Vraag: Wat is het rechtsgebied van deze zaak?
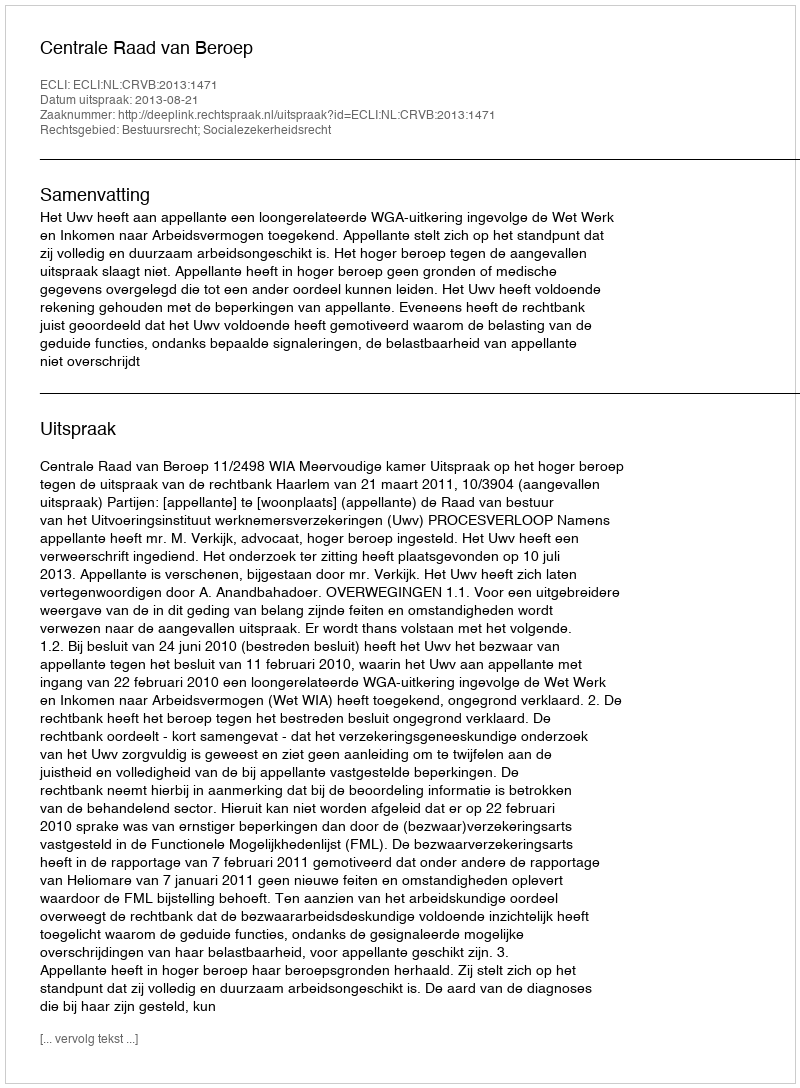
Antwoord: Bestuursrecht; Socialezekerheidsrecht